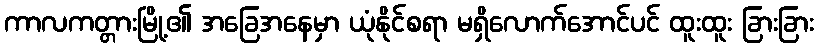
ကာလကတ္တားမြို့၏ အခြေအနေမှာ ယုံနိုင်စရာ မရှိလောက်အောင်ပင် ထူးထူး ခြားခြား